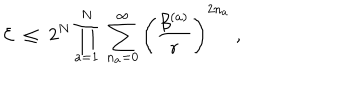
LaTeX: { \cal E } \; \leq \; 2 ^ { N } \prod _ { a = 1 } ^ { N } \; \sum _ { n _ { a } = 0 } ^ { \infty } \left( \frac { \beta ^ { ( a ) } } { r } \right) ^ { 2 n _ { a } } \; ,